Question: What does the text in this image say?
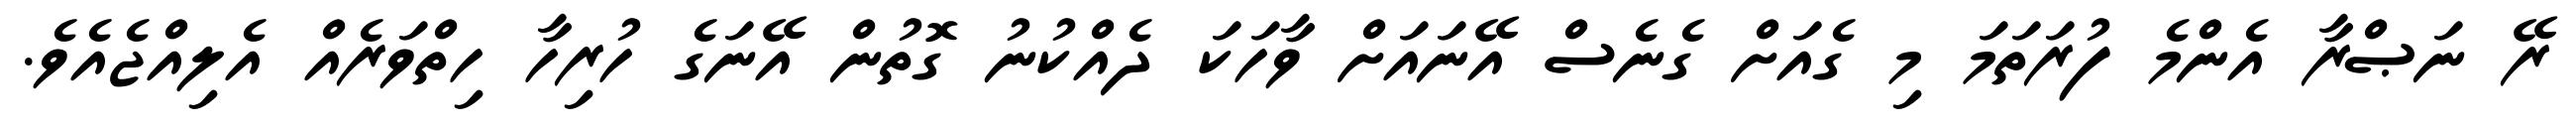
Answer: ރޭ ނަޞްރާ އެންމެ ފުރަތަމަ މި ގެއަށް ގެނެސް އޭނައަށް ވާހަކަ ދެއްކުނު ގޮތުން އޭނަގެ ހުރިހާ ހިތްވަރެއް އެލިއްޖެއެވެ.